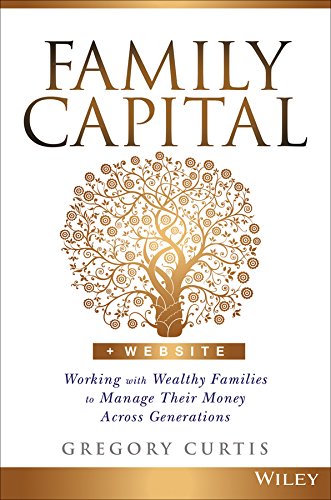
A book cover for Family Capital + Website: Working with Wealthy Families to Manage Their Money Across Generations; Gregory Curtis; Business & Money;